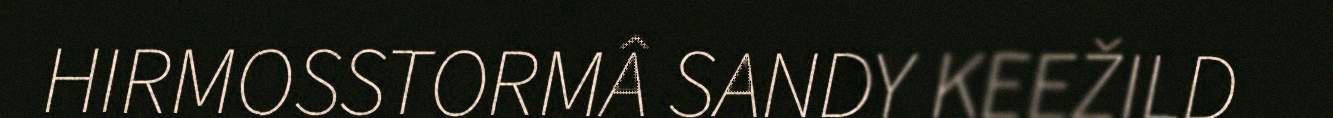
HIRMOSSTORMÂ SANDY KEEŽILD